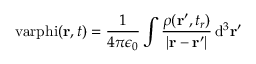
\mathrm { \ v a r p h i } ( \mathbf { r } , t ) = { \frac { 1 } { 4 \pi \epsilon _ { 0 } } } \int { \frac { \rho ( \mathbf { r } ^ { \prime } , t _ { r } ) } { | \mathbf { r } - \mathbf { r } ^ { \prime } | } } \, \mathrm { d } ^ { 3 } \mathbf { r } ^ { \prime }